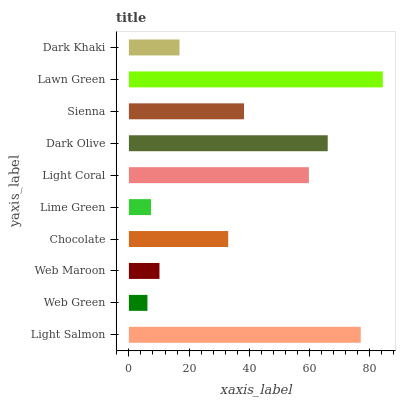
| yaxis_label | bars |
 | --- | --- |
 | Light Salmon | 77 |
 | Web Green | 6.16 |
 | Web Maroon | 10.2 |
 | Chocolate | 33 |
 | Lime Green | 7.36 |
 | Light Coral | 59.8 |
 | Dark Olive | 66.1 |
 | Sienna | 38.3 |
 | Lawn Green | 84.3 |
 | Dark Khaki | 16.8 |